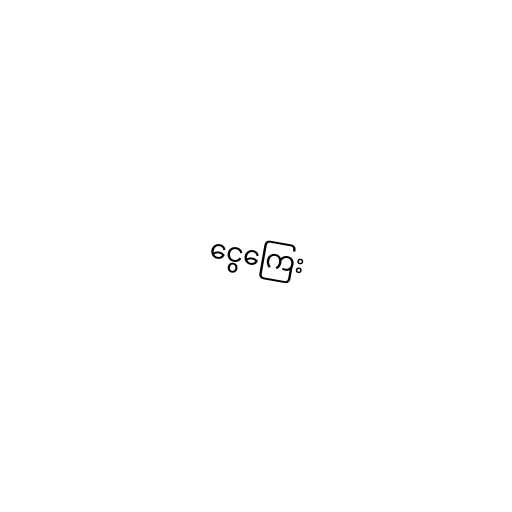
ငွေကြေး